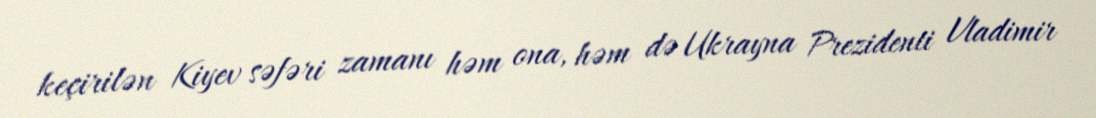
keçirilən Kiyev səfəri zamanı həm ona, həm də Ukrayna Prezidenti Vladimir